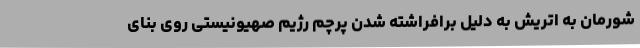
شورمان به اتریش به دلیل برافراشته شدن پرچم رژیم صهیونیستی روی بنای